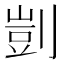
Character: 剴